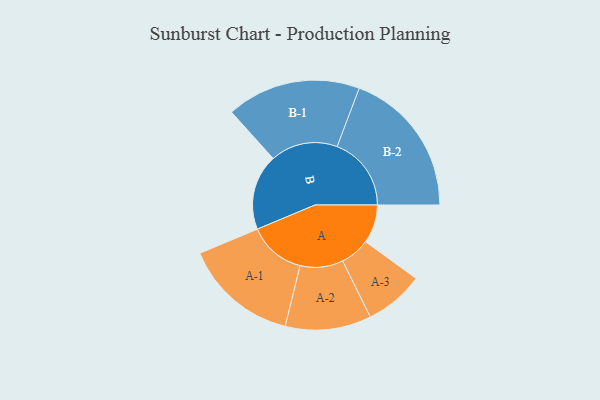
{"axis": {"x": "Segment", "y": "Value"}, "legend": ["", "A", "B"], "data": [{"x": "A", "y": 148, "type": ""}, {"x": "B", "y": 291, "type": ""}, {"x": "A-1", "y": 220, "type": "A"}, {"x": "A-2", "y": 165, "type": "A"}, {"x": "A-3", "y": 114, "type": "A"}, {"x": "B-1", "y": 258, "type": "B"}, {"x": "B-2", "y": 285, "type": "B"}]}